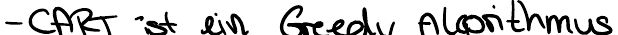
- CART ist ein Greedy Algorithmus